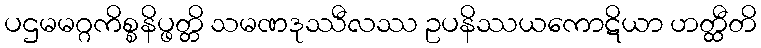
ပဌမမဂ္ဂကိစ္စနိပ္ဖတ္တိ သမဏဒုဿီလဿ ဥပနိဿယကောဋိယာ ဟတ္ထီတိ